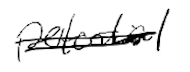
Text: potential
Cross-out: double-line
Writing tool: digital_black